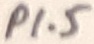
Text: P1.5